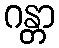
ဂန္တာ